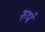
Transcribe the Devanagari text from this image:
रुपं